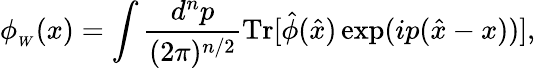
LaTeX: \phi_{_W}(x)=\int\frac{d^{n}p}{(2\pi)^{n/2}}\textrm{Tr}[\hat{\phi}(\hat{x})\exp(ip(\hat{x}-x))],